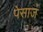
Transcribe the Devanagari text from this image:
पेसाज